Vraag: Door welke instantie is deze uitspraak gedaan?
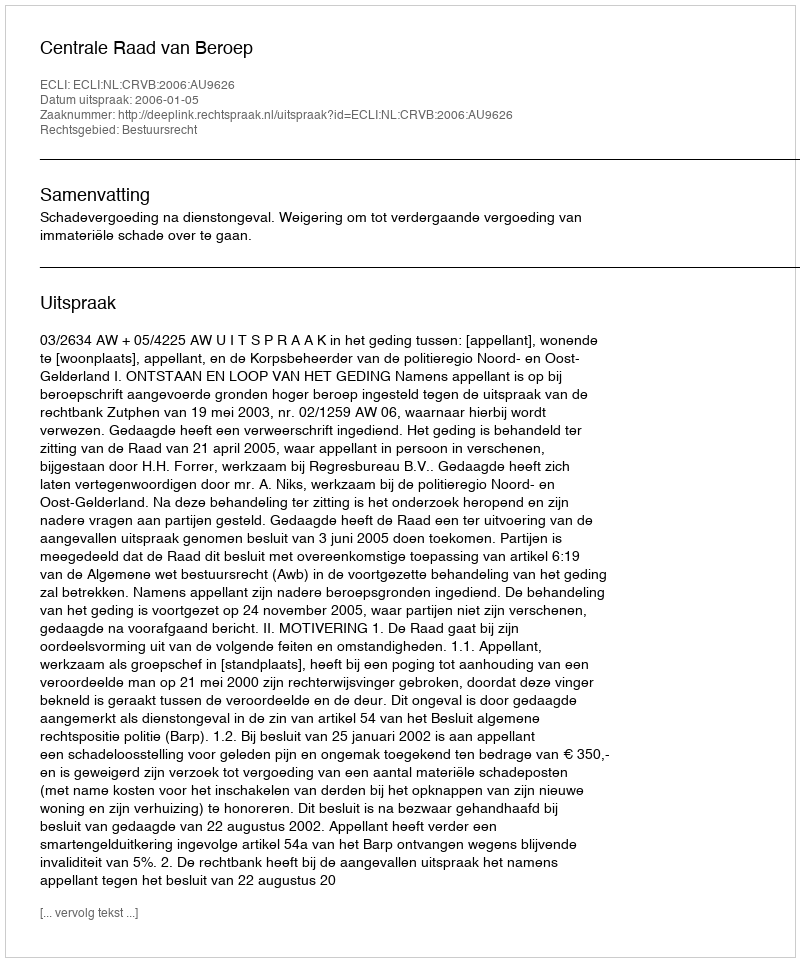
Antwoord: Centrale Raad van Beroep